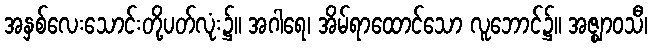
အနှစ်လေးသောင်းတို့ပတ်လုံး၌။ အဂါရေ၊ အိမ်ရာထောင်သော လူဘောင်၌။ အဇ္ဈာဝသီ၊